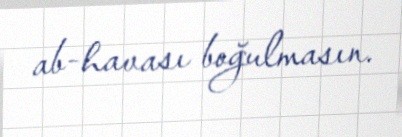
ab-havası boğulmasın.